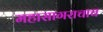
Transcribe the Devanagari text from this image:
महासागराचाच